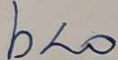
b < 0